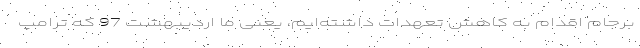
برجام اقدام به کاهش تعهدات داشته‌ایم، یعنی ما اردیبهشت 97 که ترامپ